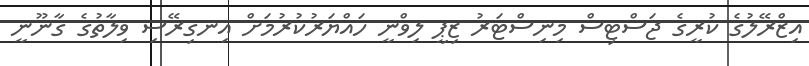
އިޒްރޭލުގެ ކުރީގެ ޖަސްޓިސް މިނިސްޓަރު ޒިޕީ ލިވްނީ ހައްޔަރުކުރުމަށް އިނގިރޭސި ވިލާތުގެ ގާނޫނީ